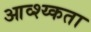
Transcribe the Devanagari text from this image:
आव्श्य्कता